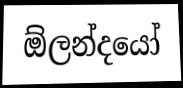
ඕලන්දයෝ